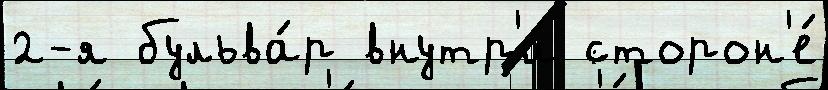
2-я бульва́р внутр'и́ сторон'е́